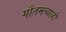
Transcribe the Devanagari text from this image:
गौतमच्याही